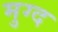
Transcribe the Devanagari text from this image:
मुग्द